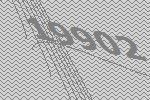
19902